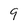
Character: 9